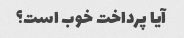
آیا پرداخت خوب است؟